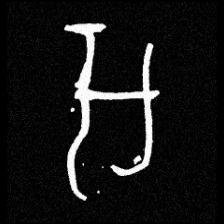
Pyu character \u2014 Myanmar letter: အ (romanized: a)